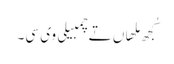
کُجھ ملھاں تے چمبیلی وی سی۔